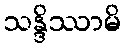
သန္ဒိဿာမိ